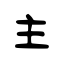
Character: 主